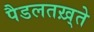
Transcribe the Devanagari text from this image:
पैडलतख़्ते